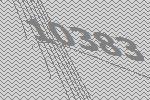
10383